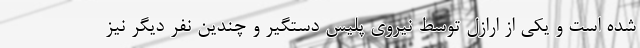
شده است و یکی از ارازل توسط نیروی پلیس دستگیر و چندین نفر دیگر نیز